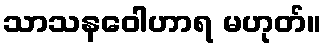
သာသနဝေါဟာရ မဟုတ်။